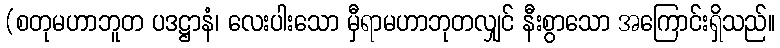
(စတုမဟာဘူတ ပဒဋ္ဌာနံ၊ လေးပါးသော မှီရာမဟာဘုတလျှင် နီးစွာသော အကြောင်းရှိသည်။